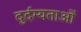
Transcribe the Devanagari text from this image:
दुर्दम्यताओं